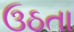
ઉઠતા